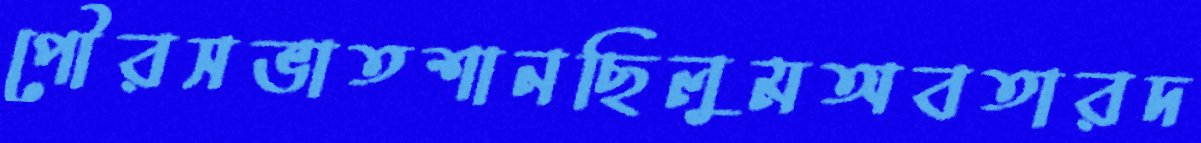
পৌরসভাতশানছিলুমঅবতারদ